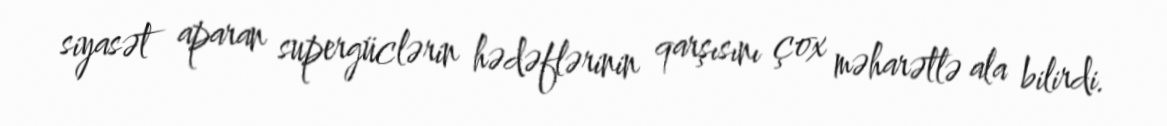
siyasət aparan supergüclərin hədəflərinin qarşısını çox məharətlə ala bilirdi.